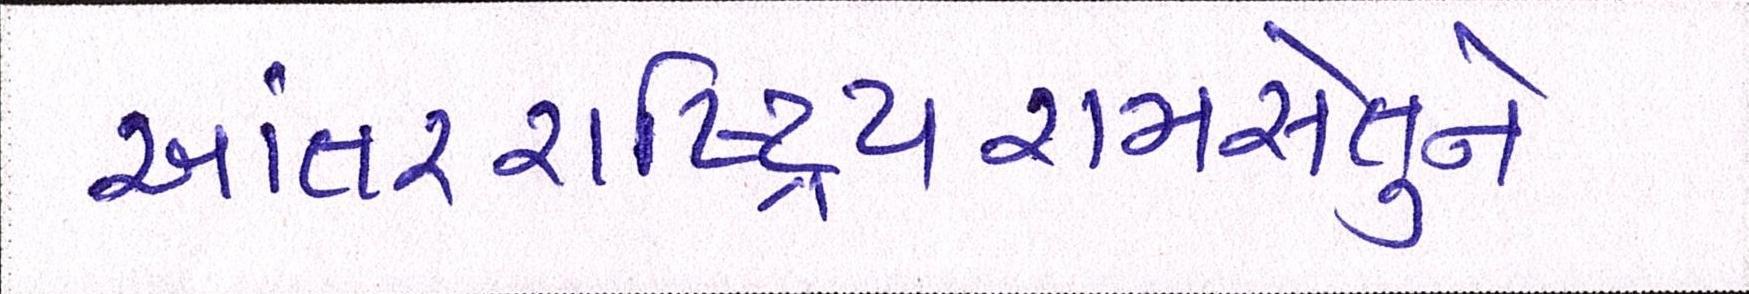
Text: આંતરરાષ્ટ્રિયરામસેતુને